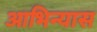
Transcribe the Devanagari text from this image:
आभिन्यास